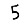
Digit: 5